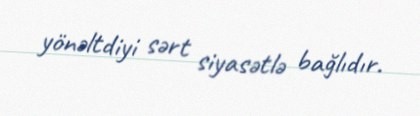
yönəltdiyi sərt siyasətlə bağlıdır.